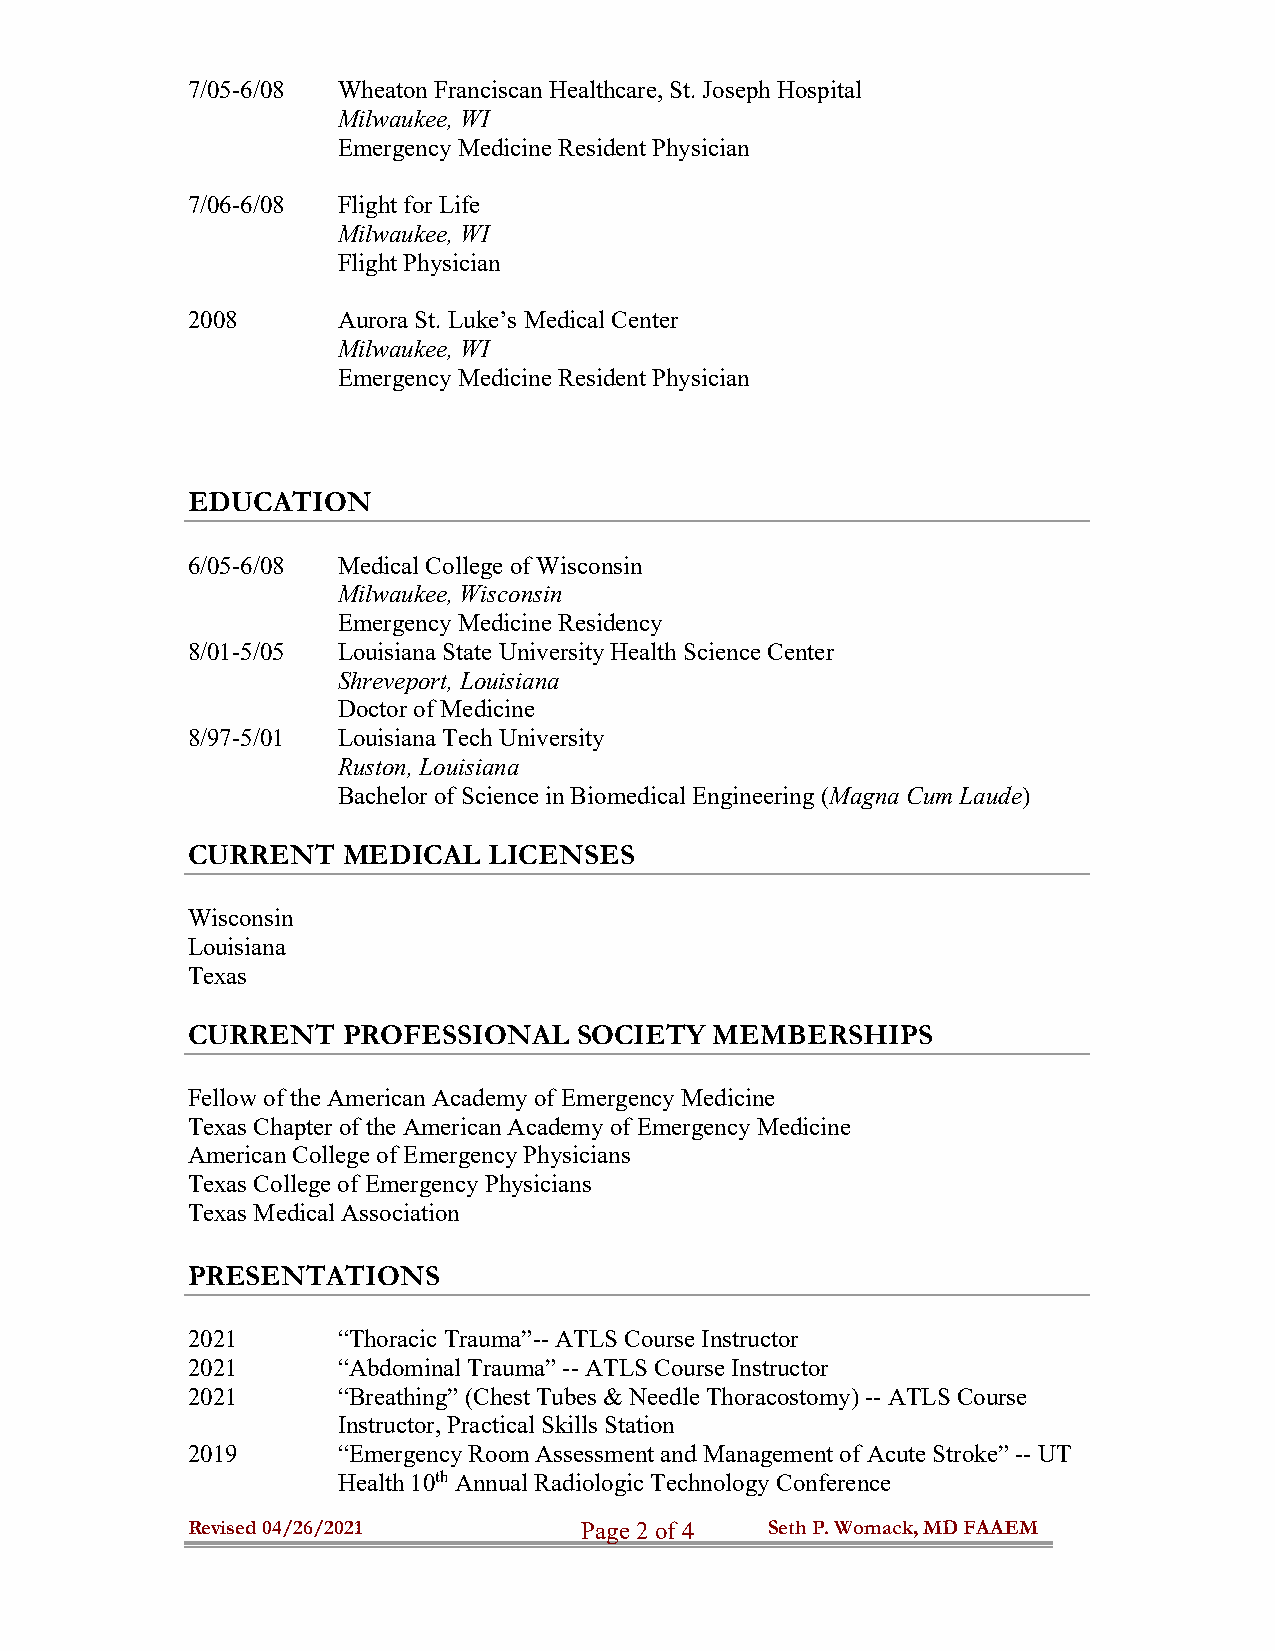
7/05-6/08 Wheaton Franciscan Healthcare, St. Joseph Hospital
 Milwaukee, WI
 Emergency Medicine Resident Physician
 7/06-6/08 Flight for Life
 Milwaukee, WI
 Flight Physician
 2008      Aurora St. Luke’s Medical Center
 Milwaukee, WI
 Emergency Medicine Resident Physician
 EDUCATION
 6/05-6/08 Medical College of Wisconsin
 Milwaukee, Wisconsin
 Emergency Medicine Residency
 8/01-5/05 Louisiana State University Health Science Center
 Shreveport, Louisiana
 Doctor of Medicine
 8/97-5/01 Louisiana Tech University
 Ruston, Louisiana
 Bachelor of Science in Biomedical Engineering (Magna Cum Laude)
 CURRENT    MEDICAL  LICENSES
 Wisconsin
 Louisiana
 Texas
 CURRENT    PROFESSIONAL   SOCIETY  MEMBERSHIPS
 Fellow of the American Academy of Emergency Medicine
 Texas Chapter of the American Academy of Emergency Medicine
 American College of Emergency Physicians
 Texas College of Emergency Physicians
 Texas Medical Association
 PRESENTATIONS
 2021      “Thoracic Trauma”-- ATLS Course Instructor
 2021      “Abdominal Trauma” -- ATLS Course Instructor
 2021      “Breathing” (Chest Tubes & Needle Thoracostomy) -- ATLS Course
 Instructor, Practical Skills Station
 2019      “Emergency Room Assessment and Management of Acute Stroke” -- UT
 Health 10th Annual Radiologic Technology Conference
 Revised 04/26/2021        P a g e 2 o f 4 Seth P. Womack, MD FAAEM